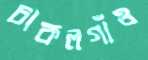
চাকলগাঁও